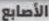
الأصابع